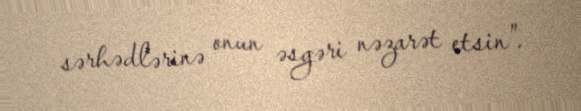
sərhədlərinə onun əsgəri nəzarət etsin”.